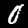
Digit: 0